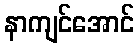
နာကျင်အောင်